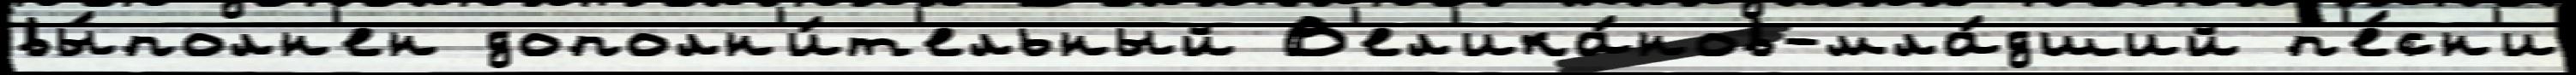
вы́полн'ен дополн'и́т'ельный В'ел'ика́нов-мла́дший п'е́сн'и